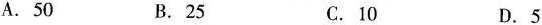
A.50 B.25 C.10 D.5